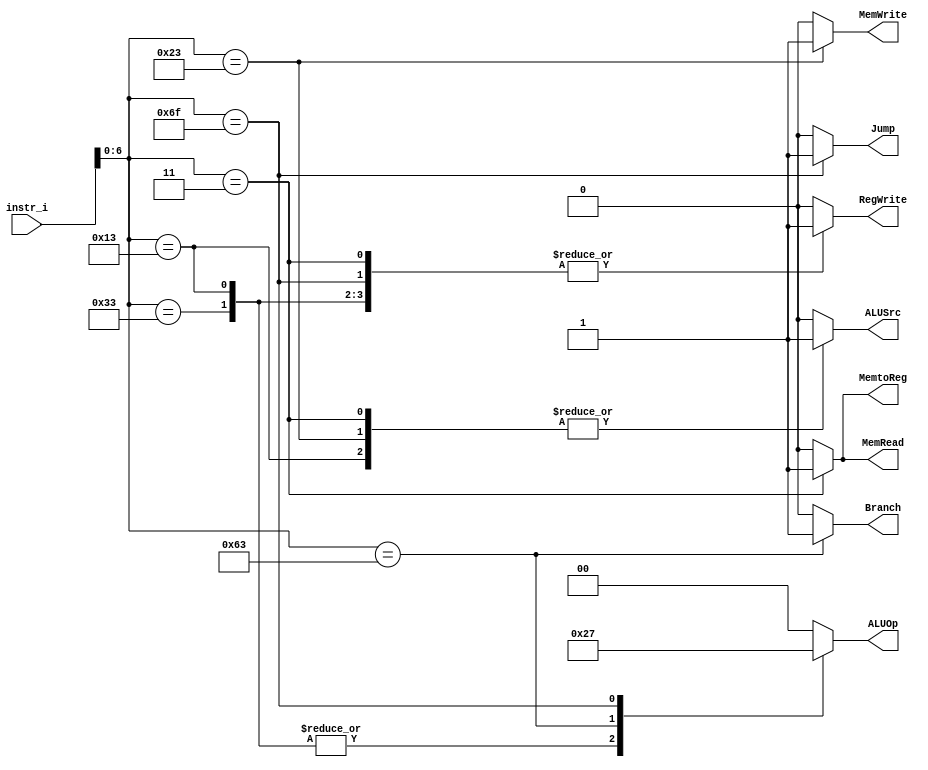
`timescale 1ns/1ps

module Decoder(
    input [32-1:0]  instr_i,
    output reg         Branch,
    output reg         ALUSrc,
    output reg         RegWrite,
    output reg [2-1:0] ALUOp,
    output reg         MemRead,
    output reg         MemWrite,
    output reg         MemtoReg,
    output reg         Jump
);

//Internal Signals
wire    [7-1:0]     opcode = instr_i[6:0];
wire    [3-1:0]     funct3 = instr_i[14:12];
wire    [3-1:0]     Instr_field;
wire    [9:0]       Ctrl_o;

always @(*) begin
    case (opcode)
        7'b0110011: begin // R-type
            Branch <= 1'b0;
            ALUSrc <= 1'b0;
            RegWrite <= 1'b1;
            ALUOp <= 2'b10;
            MemRead <= 1'b0;
            MemWrite <= 1'b0;
            MemtoReg <= 1'b0;
            Jump <= 1'b0;
        end
        7'b0010011: begin // I-type
            Branch <= 1'b0;
            ALUSrc <= 1'b1;
            RegWrite <= 1'b1;
            ALUOp <= 2'b10;
            MemRead <= 1'b0;
            MemWrite <= 1'b0;
            MemtoReg <= 1'b0;
            Jump <= 1'b0;
        end
        7'b0000011: begin // LW
            Branch <= 1'b0;
            ALUSrc <= 1'b1;
            RegWrite <= 1'b1;
            ALUOp <= 2'b00;
            MemRead <= 1'b1;
            MemWrite <= 1'b0;
            MemtoReg <= 1'b1;
            Jump <= 1'b0;
        end
        7'b0100011: begin // SW
            Branch <= 1'b0;
            ALUSrc <= 1'b1;
            RegWrite <= 1'b0;
            ALUOp <= 2'b00;
            MemRead <= 1'b0;
            MemWrite <= 1'b1;
            MemtoReg <= 1'b0;
            Jump <= 1'b0;
        end
        7'b1100011: begin // BEQ
            Branch <= 1'b1;
            ALUSrc <= 1'b0;
            RegWrite <= 1'b0;
            ALUOp <= 2'b01;
            MemRead <= 1'b0;
            MemWrite <= 1'b0;
            MemtoReg <= 1'b0;
            Jump <= 1'b0;
        end
        7'b1101111: begin // JAL
            Branch <= 1'b0;
            ALUSrc <= 1'b0;
            RegWrite <= 1'b1;
            ALUOp <= 2'b11;
            MemRead <= 1'b0;
            MemWrite <= 1'b0;
            MemtoReg <= 1'b0;
            Jump <= 1'b1;
        end
        default: begin
            Branch <= 1'b0;
            ALUSrc <= 1'b0;
            RegWrite <= 1'b0;
            ALUOp <= 2'b00;
            MemRead <= 1'b0;
            MemWrite <= 1'b0;
            MemtoReg <= 1'b0;
            Jump <= 1'b0;
        end
    endcase

end
endmodule